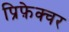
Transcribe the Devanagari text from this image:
प्रिफ़ेक्चर